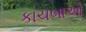
કાચબાઓ